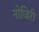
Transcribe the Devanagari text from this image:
नोजिरी